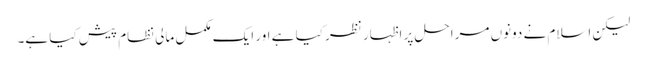
لیکن اسلام نے دونوں مراحل پر اظہار نظر کیا ہے اور ایک مکمل مالی نظام پیش کیا ہے۔